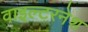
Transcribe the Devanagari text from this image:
वाइल्टरनेश